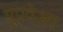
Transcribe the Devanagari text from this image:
ग्रूपवेअर